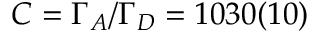
C = \Gamma _ { A } / \Gamma _ { D } = 1 0 3 0 ( 1 0 )